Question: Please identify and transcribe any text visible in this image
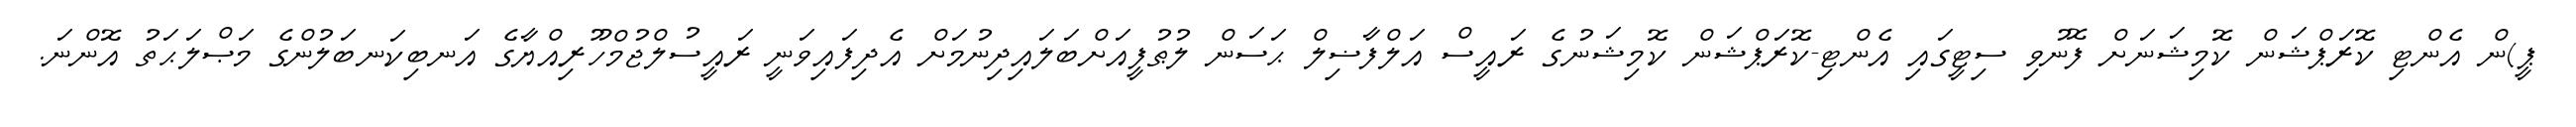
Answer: ޕީ)ން އެންޓި ކޮރަޕްޝަން ކޮމިޝަނަށް ފޮނުވި ސިޓީގައި އެންޓި-ކޮރަޕްޝަން ކޮމިޝަނުގެ ރައީސް އަލްފާޟިލް ޙަސަން ލުޠުފީއަށްބަލައިދިނުމަށް އެދިފައިވަނީ ރައީސުލްޖުމްހޫރިއްޔާގެ އަނބިކަނބަލުންގެ މަޞްލަޙަތު އޮންނަ.